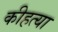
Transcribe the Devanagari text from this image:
कीहत्या